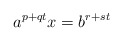
\begin{align*}a^{p+qt}x=b^{r+st}\end{align*}